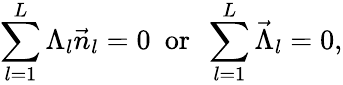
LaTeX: \sum_{l=1}^{L}\Lambda_{l}\vec{n}_{l}=0\, \, \, \mathrm{or}\, \, \, \sum_{l=1}^{L}\vec{\Lambda}_{l}=0,